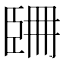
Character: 𦣧